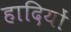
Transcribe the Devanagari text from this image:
हादियों